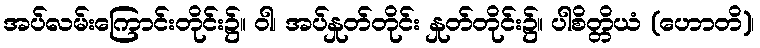
အပ်လမ်းကြောင်းတိုင်း၌။ ဝါ၊ အပ်နှုတ်တိုင်း နှုတ်တိုင်း၌။ ပါစိတ္တိယံ (ဟောတိ)၊